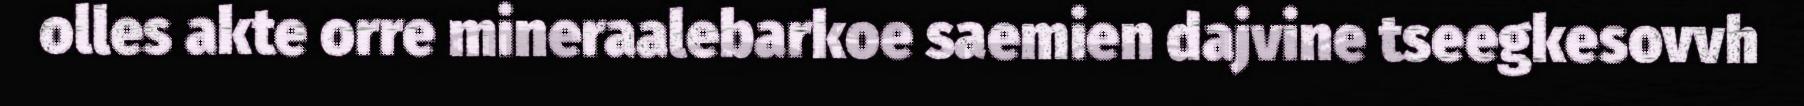
olles akte orre mineraalebarkoe saemien dajvine tseegkesovvh